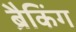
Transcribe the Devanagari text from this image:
ब्रैकिंग